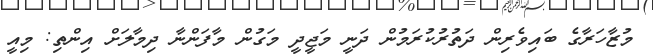
މުޒާހަރާގެ ބައިވެރިން ދަތުރުކުރަމުން ދަނީ މަޖީދީ މަގުން މާފަންނާ ދިމާލަށް އިންތި: މިއީ